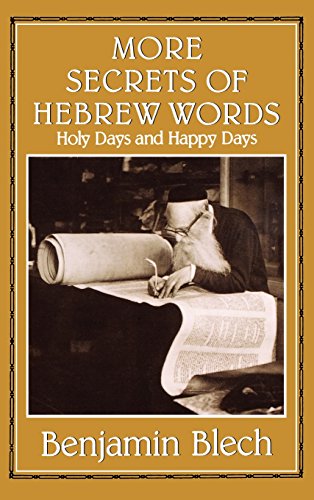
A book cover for More Secrets of Hebrew Words: Holy Days and Happy Days; Benjamin Rabbi Blech; Religion & Spirituality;